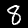
Digit: 8